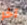
آخر